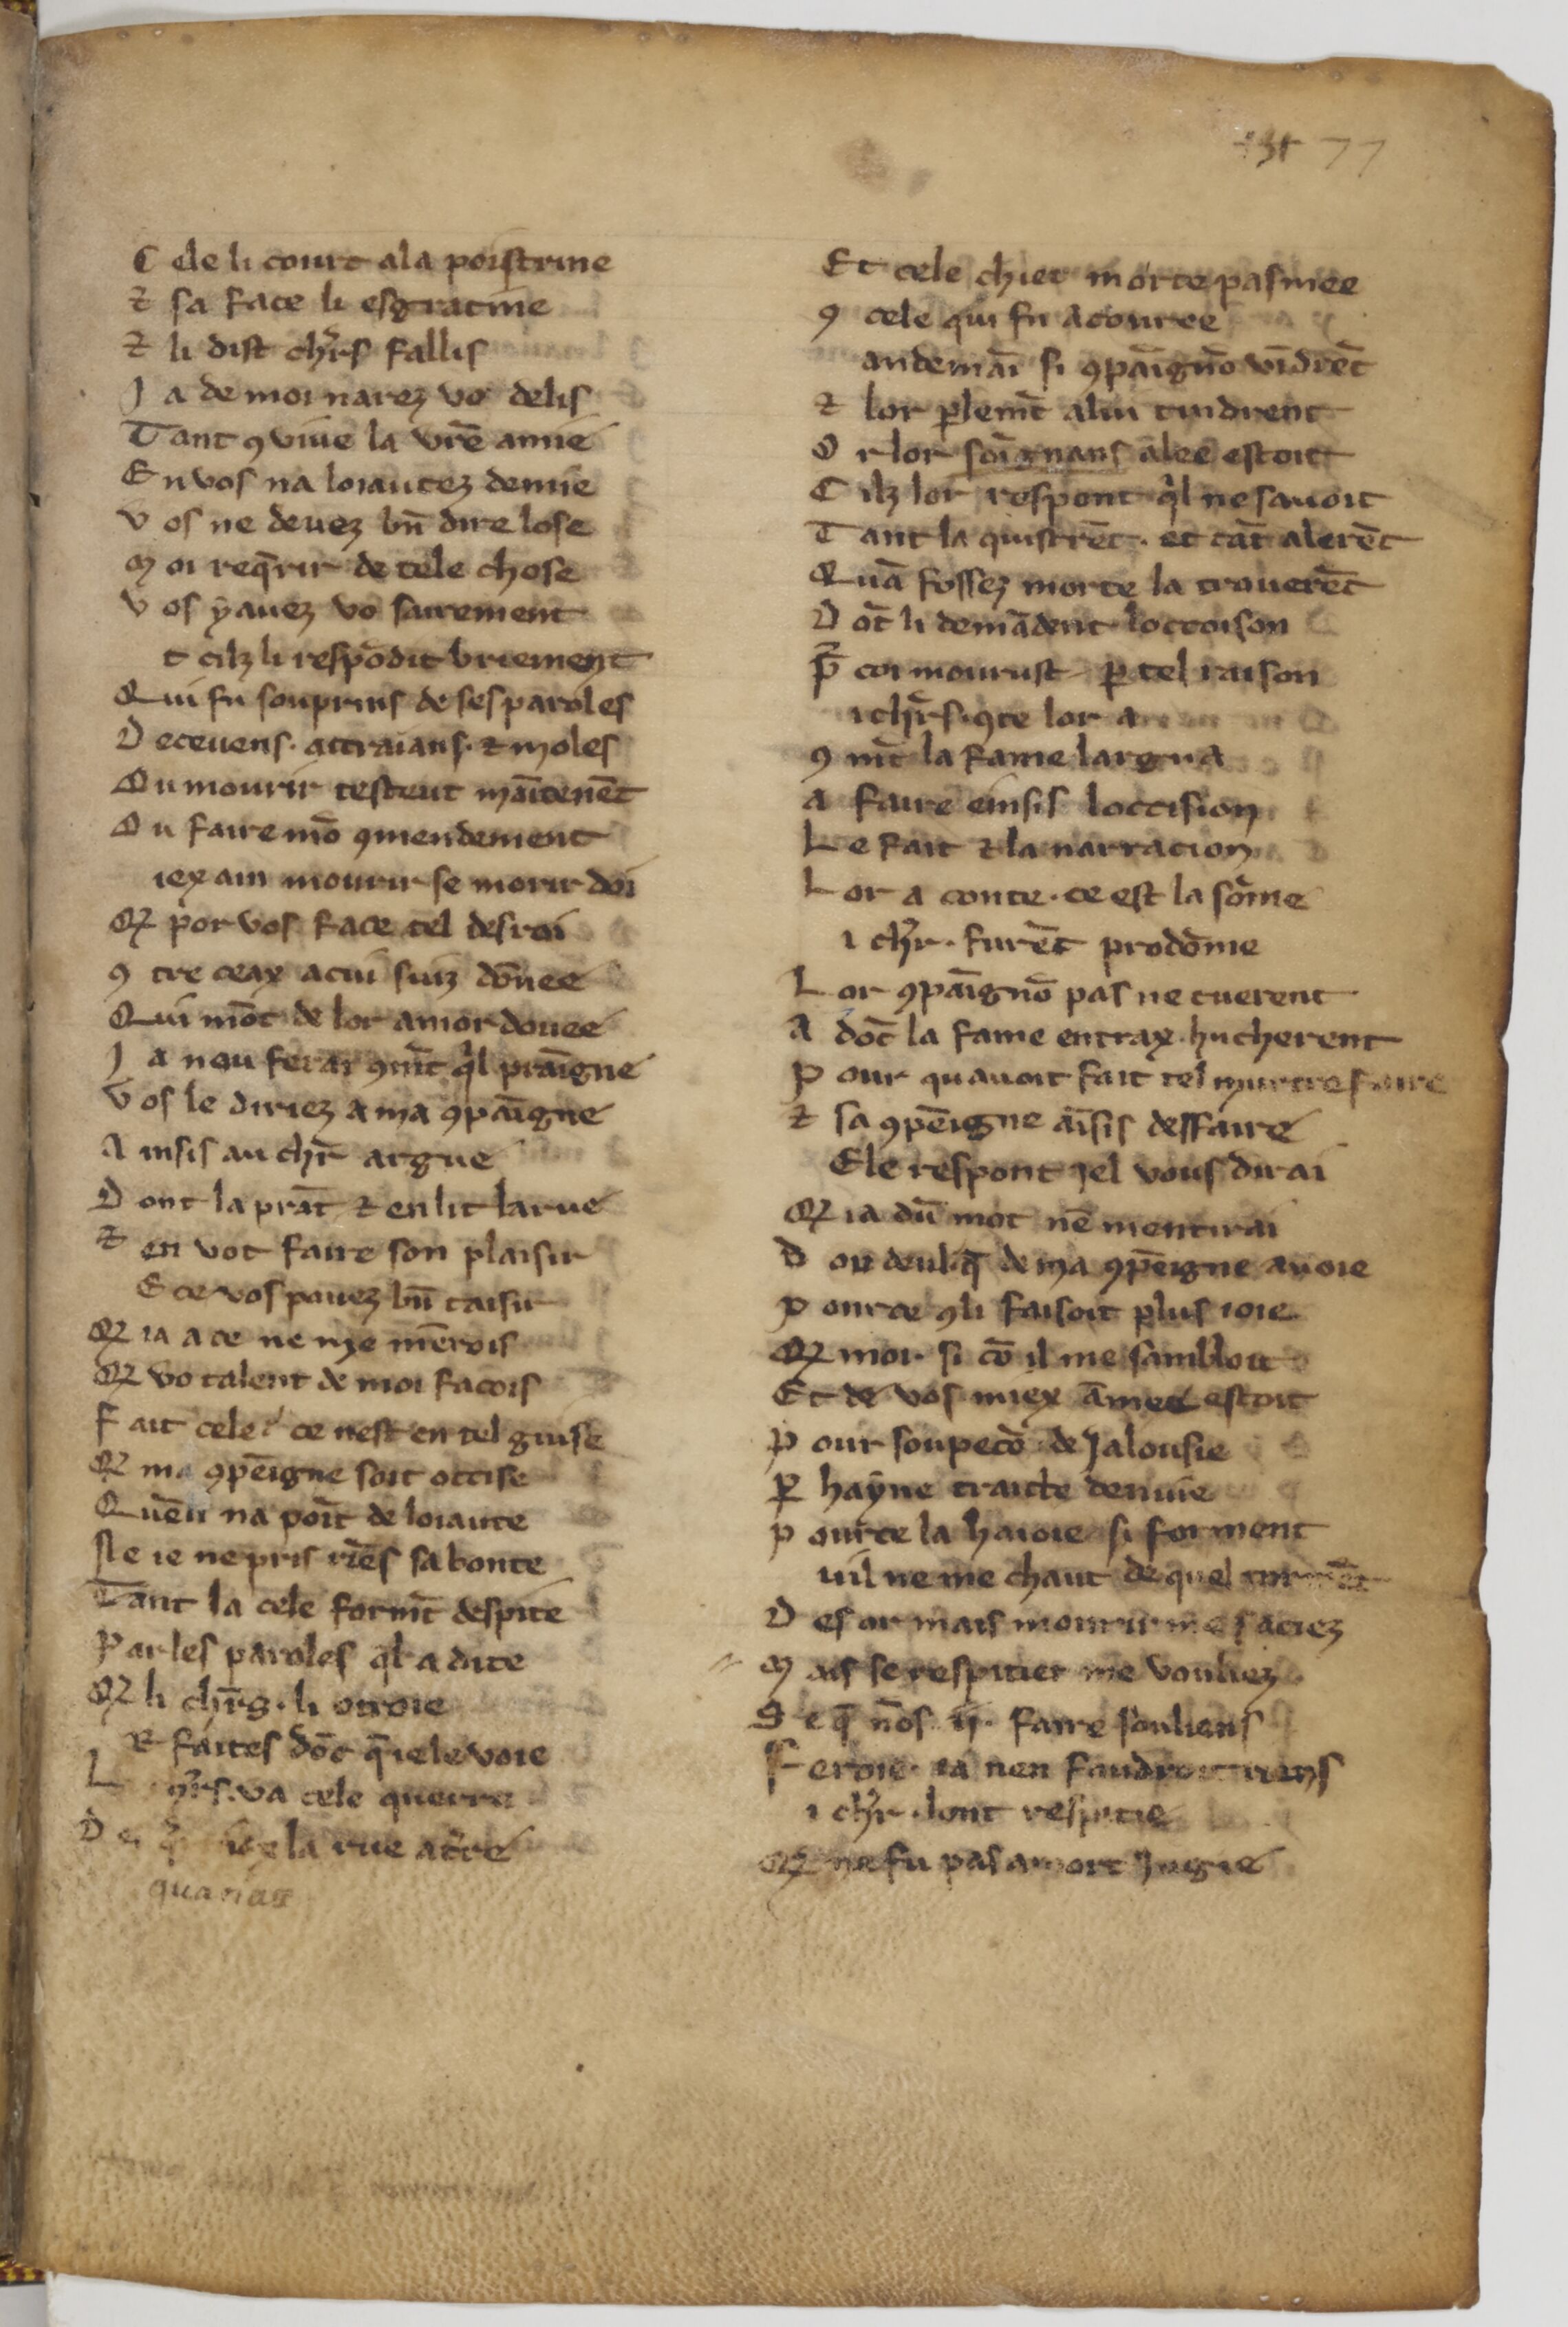
Shelfmark: Paris, BnF, fr. 25545
Century: 14